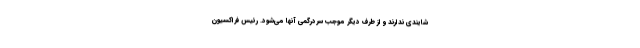
شایندی ندارند و از طرف دیگر موجب سردرگمی آنها می‌شود. رئیس فراکسیون